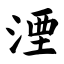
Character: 湮